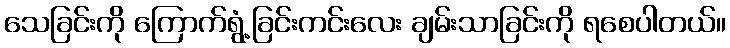
သေခြင်းကို ကြောက်ရွံ့ခြင်းကင်းလေး ချမ်းသာခြင်းကို ရစေပါတယ်။